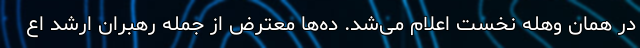
در همان وهله نخست اعلام می‌شد. ده‌ها معترض از جمله رهبران ارشد اع